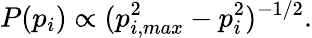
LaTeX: P(p_{i})\propto(p_{i,max}^{2}-p_{i}^{2})^{-1/2}.